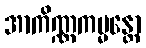
အာကိဏ္ဏကမ္မန္တော